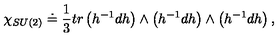
\chi _ { S U ( 2 ) } \doteq \frac { 1 } { 3 } t r \left( h ^ { - 1 } d h \right) \wedge \left( h ^ { - 1 } d h \right) \wedge \left( h ^ { - 1 } d h \right) ,